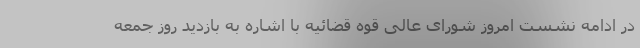
در ادامه نشست امروز شورای عالی قوه قضائیه با اشاره به بازدید روز جمعه